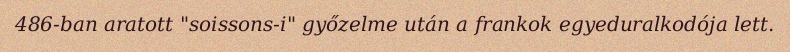
486-ban aratott "soissons-i" győzelme után a frankok egyeduralkodója lett.